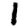
Digit: 1